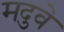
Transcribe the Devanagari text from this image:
मदुवे